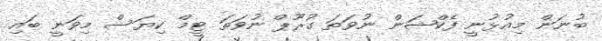
ބުނަން މިއުޅުނީ ފެކްޝަން ނުވަތަ ގުރޫޕް ނުވަތަ ޓީމް ކިޔަސް މިވަނީ ބައި